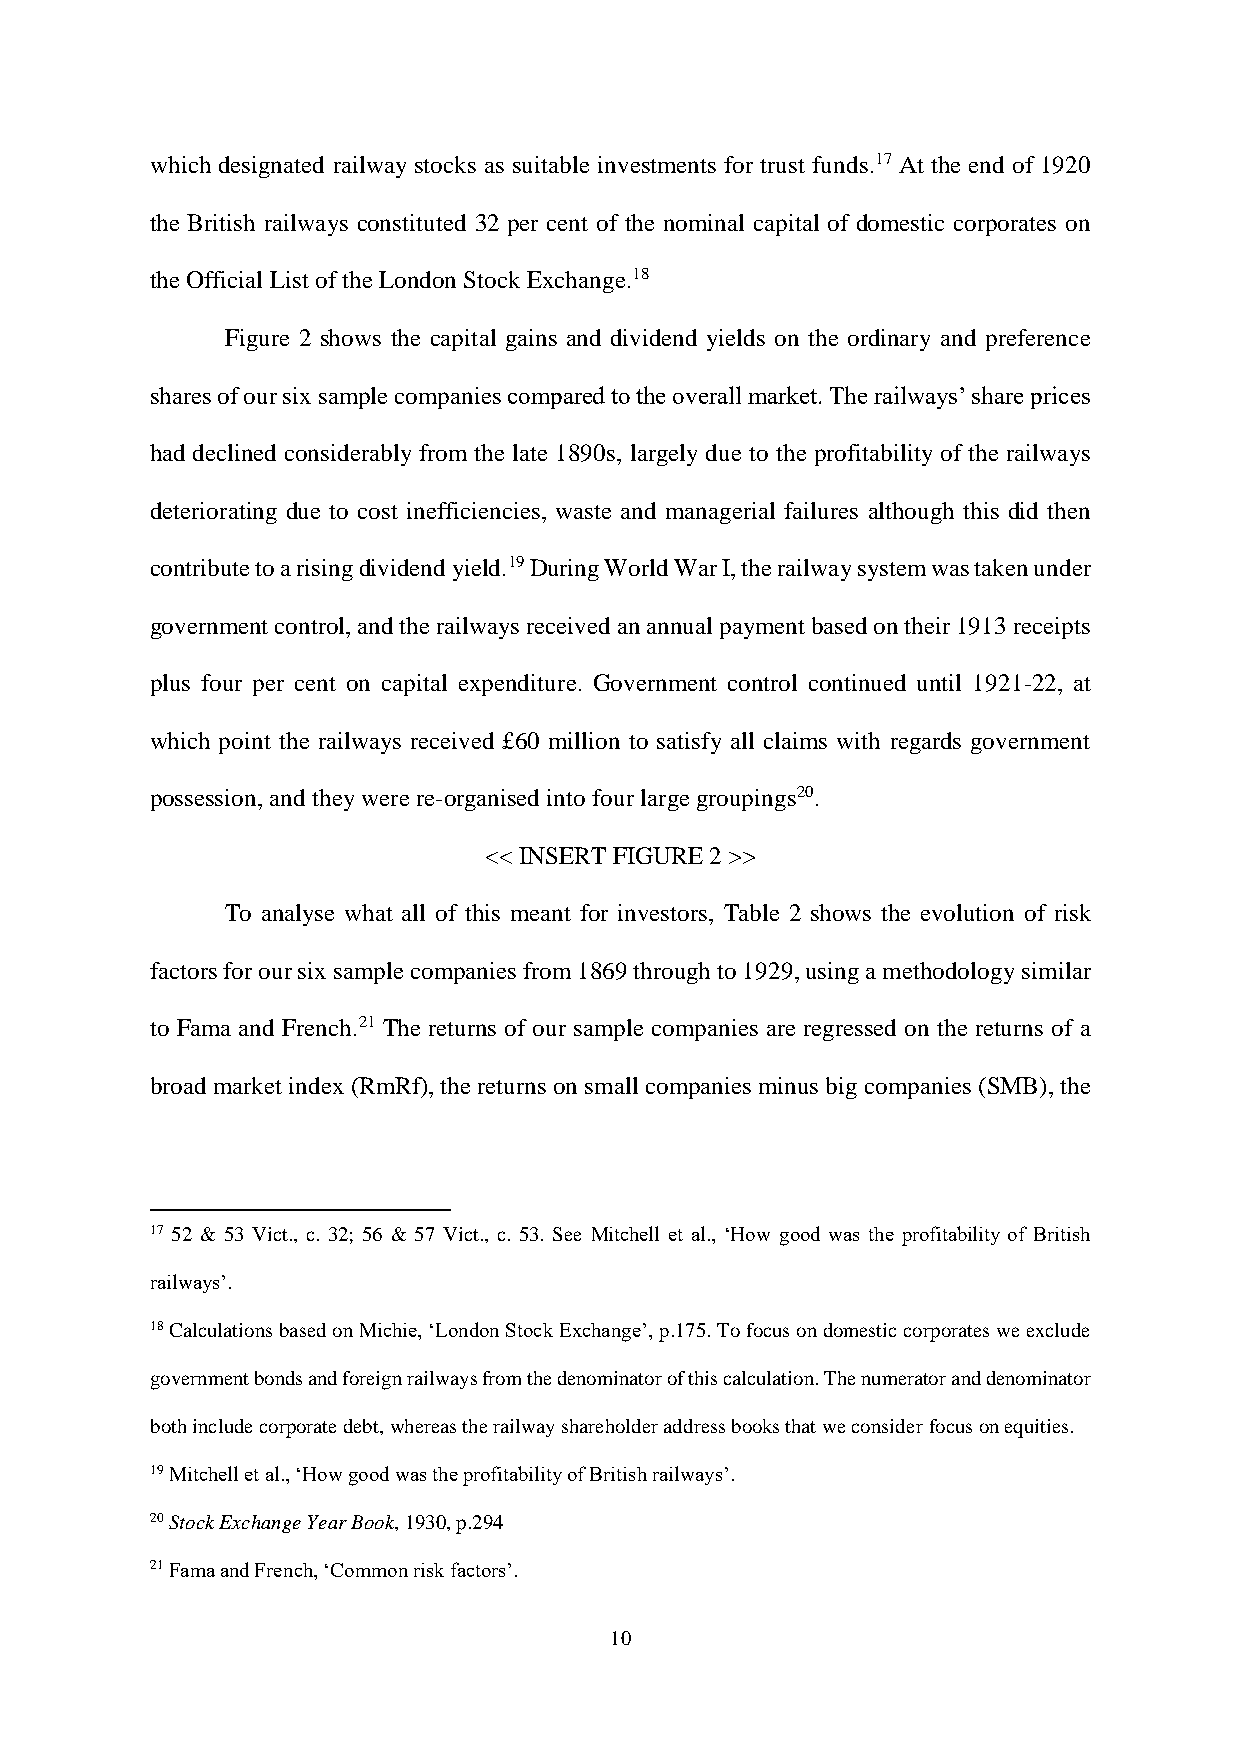
which designated railway stocks as suitable investments for trust funds.17 At the end of 1920
 the British railways constituted 32 per cent of the nominal capital of domestic corporates on
 the Official List of the London Stock Exchange.18
 Figure 2 shows the capital gains and dividend yields on the ordinary and preference
 shares of our six sample companies compared to the overall market. The railways’ share prices
 had declined considerably from the late 1890s, largely due to the profitability of the railways
 deteriorating due to cost inefficiencies, waste and managerial failures although this did then
 contribute to a rising dividend yield.19 During World War I, the railway system was taken under
 government control, and the railways received an annual payment based on their 1913 receipts
 plus four per cent on capital expenditure. Government control continued until 1921-22, at
 which point the railways received £60 million to satisfy all claims with regards government
 possession, and they were re-organised into four large groupings20.
 << INSERT FIGURE 2 >>
 To analyse what all of this meant for investors, Table 2 shows the evolution of risk
 factors for our six sample companies from 1869 through to 1929, using a methodology similar
 to Fama and French.21 The returns of our sample companies are regressed on the returns of a
 broad market index (RmRf), the returns on small companies minus big companies (SMB), the
 17 52 & 53 Vict., c. 32; 56 & 57 Vict., c. 53. See Mitchell et al., ‘How good was the profitability of British
 railways’.
 18 Calculations based on Michie, ‘London Stock Exchange’, p.175. To focus on domestic corporates we exclude
 government bonds and foreign railways from the denominator of this calculation. The numerator and denominator
 both include corporate debt, whereas the railway shareholder address books that we consider focus on equities.
 19 Mitchell et al., ‘How good was the profitability of British railways’.
 20 Stock Exchange Year Book, 1930, p.294
 21 Fama and French, ‘Common risk factors’.
 10